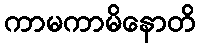
ကာမကာမိနောတိ